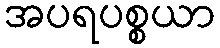
အပရပစ္စယာ